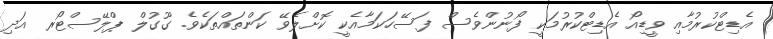
އެޑިޓްކުރުމާއި ވީޑިއޯ އެޑިޓްކުރުމަކީ ފޯނުންވެސް ފަސޭހަކަމާއެކީ ކޮށްލެވޭ ކަންތައްތަކެވެ. ގޫގުލް ޕްލޭސްޓޯރ އަދި